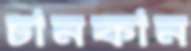
চানকান